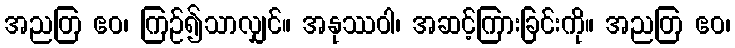
အညတြ ဧဝ၊ ကြဉ်၍သာလျှင်။ အနုဿဝါ၊ အဆင့်ကြားခြင်းကို။ အညတြ ဧဝ၊